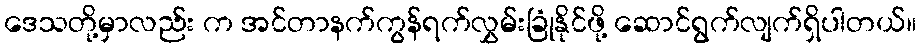
ဒေသတို့မှာလည်း က အင်တာနက်ကွန်ရက်လွှမ်းခြုံနိုင်ဖို့ ဆောင်ရွက်လျက်ရှိပါတယ်။